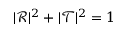
| \mathcal { R } | ^ { 2 } + | \mathcal { T } | ^ { 2 } = 1